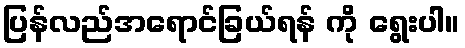
ပြန်လည်အရောင်ခြယ်ရန် ကို ရွေးပါ။